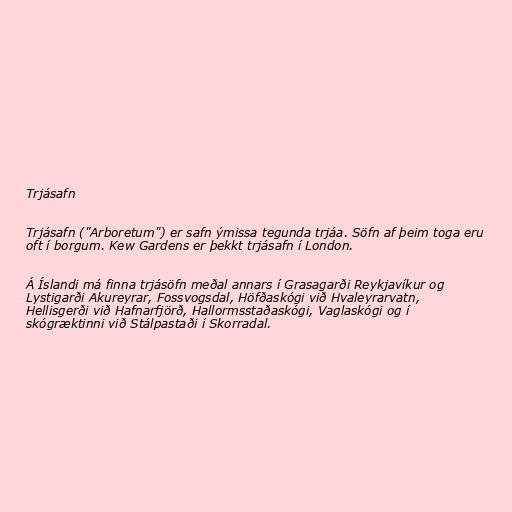
Trjásafn

Trjásafn ("Arboretum") er safn ýmissa tegunda trjáa. Söfn af þeim toga eru
oft í borgum. Kew Gardens er þekkt trjásafn í London.

Á Íslandi má finna trjásöfn meðal annars í Grasagarði Reykjavíkur og
Lystigarði Akureyrar, Fossvogsdal, Höfðaskógi við Hvaleyrarvatn,
Hellisgerði við Hafnarfjörð, Hallormsstaðaskógi, Vaglaskógi og í
skógræktinni við Stálpastaði í Skorradal.